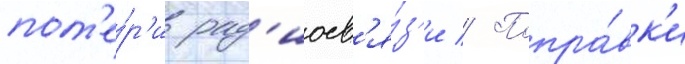
пот'е́р'и рад'иосв'я́з'и // Попра́вк'и